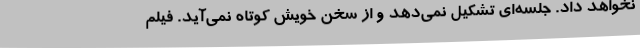
نخواهد داد. جلسه‌ای تشکیل نمی‌دهد و از سخن خویش کوتاه نمی‌آید. فیلم